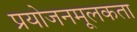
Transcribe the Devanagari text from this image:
प्रयोजनमूलकता